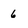
Character: 6